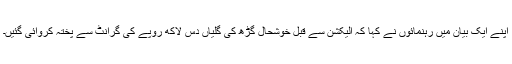
اپنے ایک بیان میں رہنمائوں نے کہا کہ الیکشن سے قبل خوشحال گڑھ کی گلیاں دس لاکھ روپے کی گرانٹ سے پختہ کروائی گئیں۔